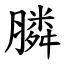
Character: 膦